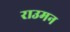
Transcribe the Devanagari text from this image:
राउमन